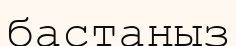
бастаңыз